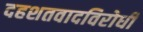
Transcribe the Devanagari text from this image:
दहशतवादविरोधी